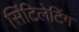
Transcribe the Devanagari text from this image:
सिंटिलेटिंग